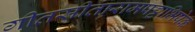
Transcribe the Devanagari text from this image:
गीतसीतारामपट्टाभिषेक